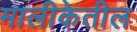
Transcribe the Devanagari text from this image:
मालीकेतील